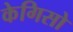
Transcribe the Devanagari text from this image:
केगिसो